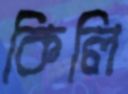
কিলি